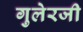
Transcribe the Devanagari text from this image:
गुलेरजी